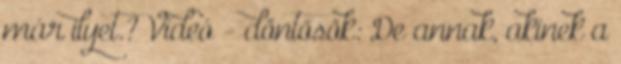
már ilyet.? Videó - döntősök: De annak, akinek a